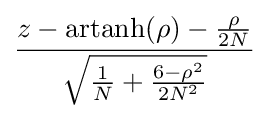
{\frac {z-\operatorname {artanh} (\rho )-{\frac {\rho }{2N}}}{\sqrt {{\frac {1}{N}}+{\frac {6-\rho ^{2}}{2N^{2}}}}}}